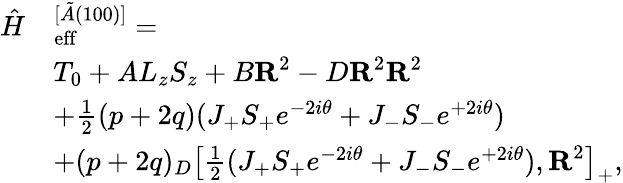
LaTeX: \begin{array}{rl}{\hat{H}}&{_\mathrm{eff}^{[\tilde{A}(100)]}=}\\ &{T_{0}+AL_{z}S_{z}+B\textbf{R}^{2}-D\textbf{R}^{2}\textbf{R}^{2}}\\ &{+\frac{1}{2}(p+2q)(J_{+}S_{+}e^{-2i\theta}+J_{-}S_{-}e^{+2i\theta})}\\ &{+(p+2q)_{D}\left[\frac{1}{2}(J_{+}S_{+}e^{-2i\theta}+J_{-}S_{-}e^{+2i\theta}),\textbf{R}^{2}\right]_{+},}\end{array}